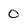
Character: O